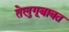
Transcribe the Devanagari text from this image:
तेलुगूबाबत